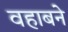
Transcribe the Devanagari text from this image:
वहाबने